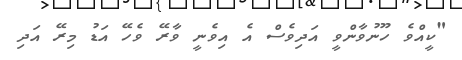
"ކީއްވެ ހޫނުވާންވީ އަދިވެސް އެ އިވެނީ ވާރޭ ވެހޭ އަޑު މިރޭ އަދި